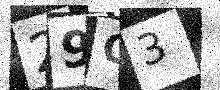
Text: 29G3